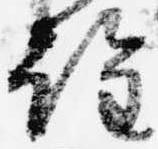
詮